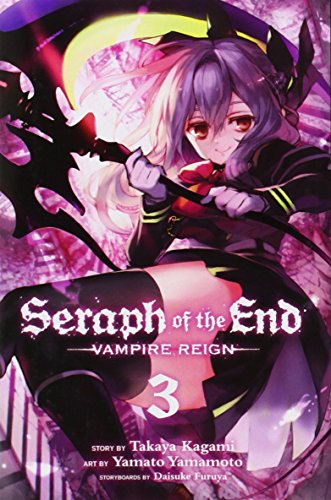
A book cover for Seraph of the End, Vol. 3; Takaya Kagami; Comics & Graphic Novels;